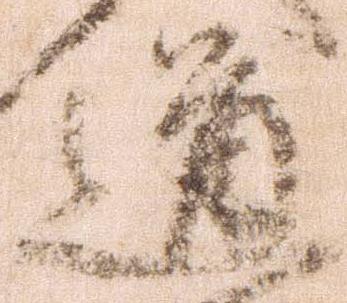
道